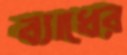
ব্যাধের